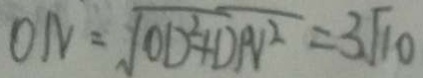
0 N = \sqrt { O D ^ { 2 } + D N ^ { 2 } } = 3 \sqrt { 1 0 }